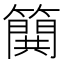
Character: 𰪝